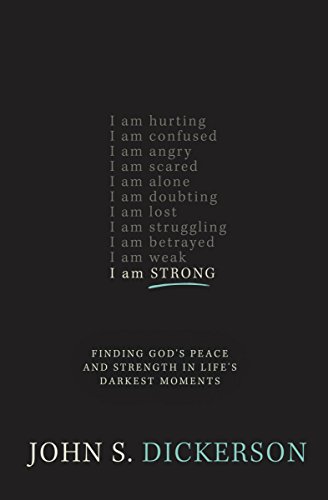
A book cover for I Am Strong: Finding God's Peace and Strength in Life's Darkest Moments; John S. Dickerson; Christian Books & Bibles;